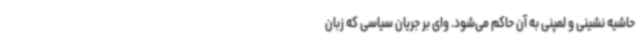
حاشیه نشینی و لمپنی به آن حاکم می‌شود. وای بر جریان سیاسی که زبان